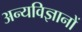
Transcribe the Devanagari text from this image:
अन्यविज्ञानों